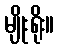
မျိုးရိုး။